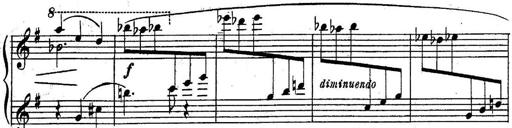
Title: Sonatine
Composer: Adrian Shaposhnikov
Key: E minor